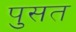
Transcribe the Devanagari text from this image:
पुसत